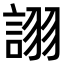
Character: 𧩘